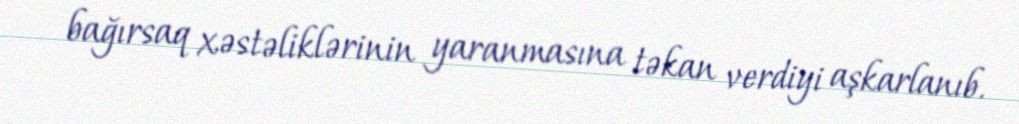
bağırsaq xəstəliklərinin yaranmasına təkan verdiyi aşkarlanıb.